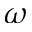
\omega